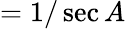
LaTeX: ={1/\sec A}